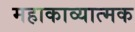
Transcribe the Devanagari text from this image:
महाकाव्‍यात्‍मक